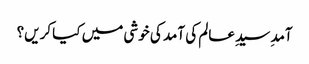
آمدِ سیدِ عالم کی آمد کی خوشی میں کیا کریں؟